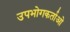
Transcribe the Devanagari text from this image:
उपभोगकर्ताओ